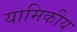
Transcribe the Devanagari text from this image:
यामिकीय